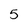
Character: 5